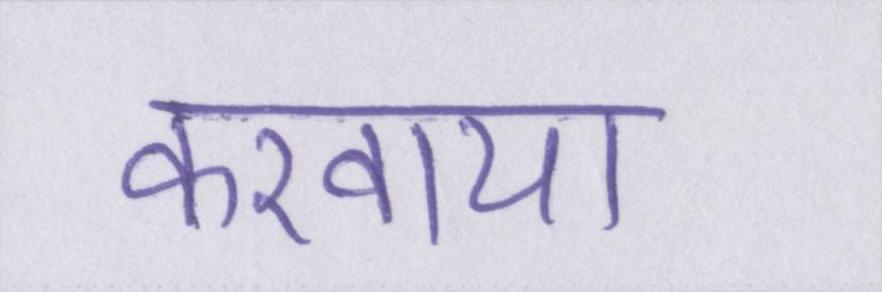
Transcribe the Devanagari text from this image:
करवाया